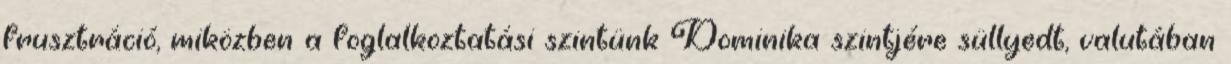
frusztráció, miközben a foglalkoztatási szintünk Dominika szintjére süllyedt, valutában